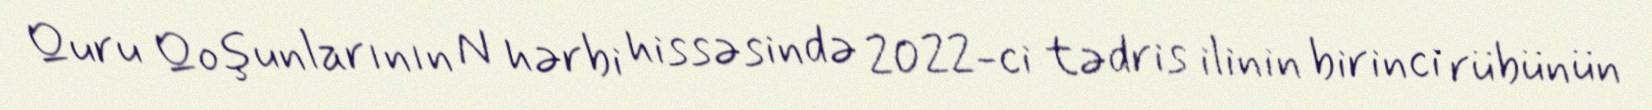
Quru Qoşunlarının N hərbi hissəsində 2022-ci tədris ilinin birinci rübünün